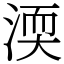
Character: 渜